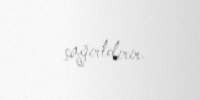
çağırtdırır.